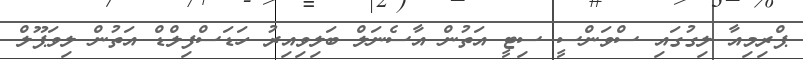
ޕްރިމިއާ ލިގުގައި ސްވަންސީ ސިޓީ އަތުން އާސެނަލް ބަލިވިއިރު ހަޑަސްފިލްޑް އަތުން ލިވަޕޫލް